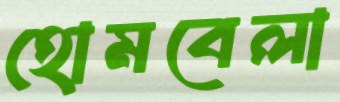
হোমবেলা